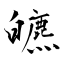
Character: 皫